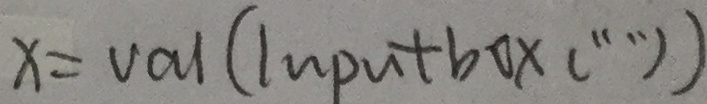
x = v a l ( m p m + b o x c ^ { \cdots } )